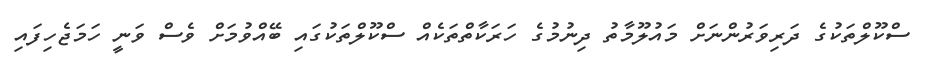
ސްކޫލްތަކުގެ ދަރިވަރުންނަށް މައުލޫމާތު ދިނުމުގެ ހަރަކާތްތަކެއް ސްކޫލްތަކުގައި ބޭއްވުމަށް ވެސް ވަނީ ހަމަޖެހިފައި